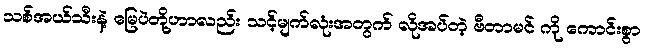
သစ်အယ်သီးနဲ့ မြေပဲတို့ဟာလည်း သင့်မျက်လုံးအတွက် လိုအပ်တဲ့ ဗီတာမင် ကို ကောင်းစွာ